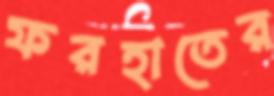
ফরহাতের